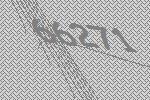
66271